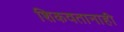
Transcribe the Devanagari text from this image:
शिकवतानाही